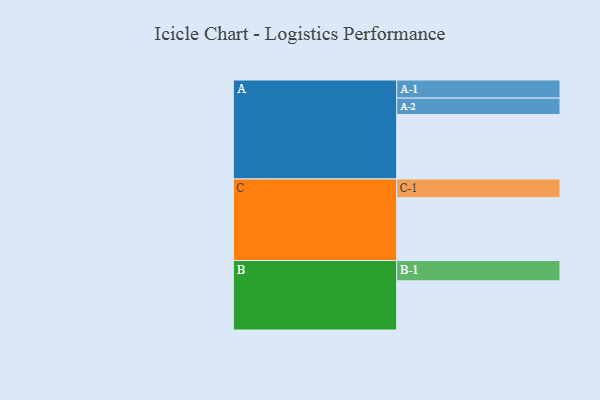
{"axis": {"x": "Segment", "y": "Value"}, "legend": ["", "A", "B", "C"], "data": [{"x": "A", "y": 583, "type": ""}, {"x": "B", "y": 445, "type": ""}, {"x": "C", "y": 569, "type": ""}, {"x": "A-1", "y": 164, "type": "A"}, {"x": "A-2", "y": 148, "type": "A"}, {"x": "B-1", "y": 183, "type": "B"}, {"x": "C-1", "y": 169, "type": "C"}]}